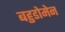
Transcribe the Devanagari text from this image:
बहुडोमेन